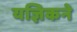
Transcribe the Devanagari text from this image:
यज्ञिकने